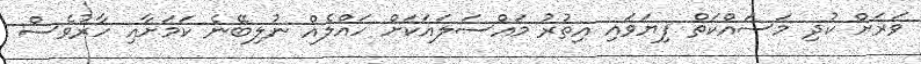
ވަރަށް ކުދި މަސައްކަތް ފިޔަވައި އިތުރު މައްސަލައަކަށް ހައްލެއް ނުލިބޭނެ ކަމަށާއި ހާރުވެސް